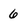
Character: 6